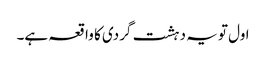
اول تو یہ دہشت گردی کا واقعہ ہے۔